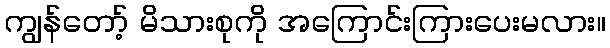
ကျွန်တော့် မိသားစုကို အကြောင်းကြားပေးမလား။